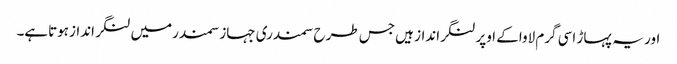
اور یہ پہاڑ اسی گرم لاواکے اوپر لنگرانداز ہیں جس طرح سمندری جہازسمندرمیں لنگر اندازہوتاہے۔